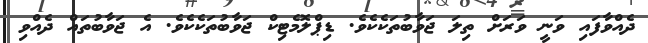
ދެއްވާފައި ވަނީ ވަރަށް ތިލަ ޖަވާބުތަކެކެވެ. ޑިޕްލޮމެޓިކް ޖަވާބުތަކެކެވެ. އެ ޖަވާބުތައް ދެއްވި